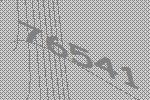
76541